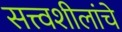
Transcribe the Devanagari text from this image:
सत्त्वशीलांचे